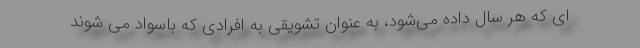
ای که هر سال داده می‌شود، به عنوان تشویقی به افرادی که باسواد می شوند